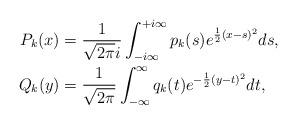
LaTeX: \begin{align*} P_k(x) = {}& \frac{1}{\sqrt{2\pi} i} \int_{-i\infty}^{+i\infty} p_k(s) e^{\frac{1}{2}(x-s)^2} ds, \\ Q_k(y) = {}& \frac{1}{\sqrt{2\pi}} \int_{-\infty}^{\infty} q_k(t) e^{-\frac{1}{2}(y-t)^2}dt, \end{align*}